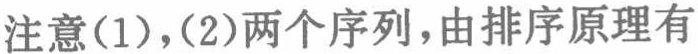
注意(1)，(2)两个序列，由排序原理有